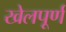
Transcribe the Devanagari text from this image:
खेलपूर्ण